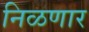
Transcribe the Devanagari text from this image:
निळणार